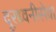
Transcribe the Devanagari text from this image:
दूरध्वनीसेवा